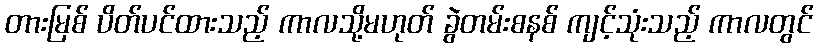
တားမြစ် ပိတ်ပင်ထားသည့် ကာလသို့မဟုတ် ခွဲတမ်းစနစ် ကျင့်သုံးသည့် ကာလတွင်